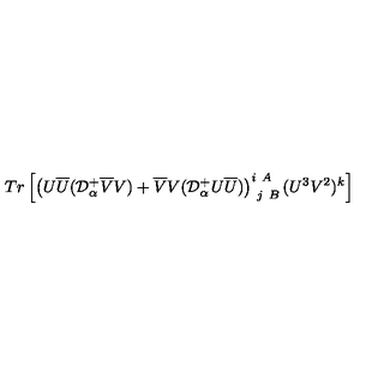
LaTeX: T r \left[ \left( U \overline { { U } } ( { \cal D } _ { \alpha } ^ { + } \overline { { V } } V ) + \overline { { V } } V ( { \cal D } _ { \alpha } ^ { + } U \overline { { U } } ) \right) _ { \ j \ B } ^ { i \ A } ( U ^ { 3 } V ^ { 2 } ) ^ { k } \right]